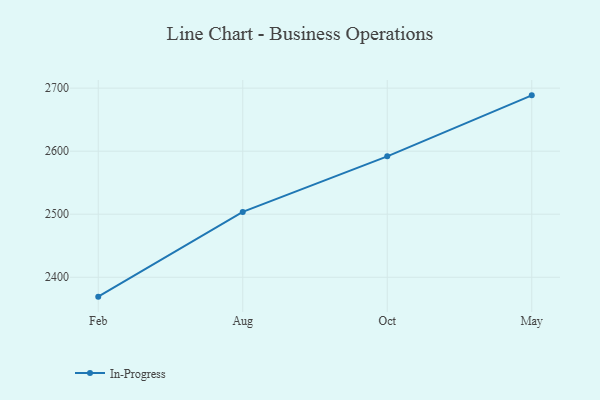
{"axis": {"x": "Month", "y": "Active Users"}, "legend": ["In-Progress"], "data": [{"x": "Feb", "y": 2369.2, "type": "In-Progress"}, {"x": "Aug", "y": 2503.7, "type": "In-Progress"}, {"x": "Oct", "y": 2591.8, "type": "In-Progress"}, {"x": "May", "y": 2688.6, "type": "In-Progress"}]}